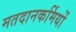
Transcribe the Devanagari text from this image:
मतदानकर्मियों